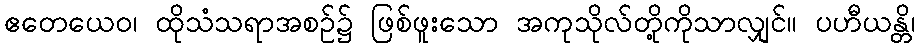
ဧတေယေဝ၊ ထိုသံသရာအစဉ်၌ ဖြစ်ဖူးသော အကုသိုလ်တို့ကိုသာလျှင်။ ပဟီယန္တိ၊